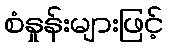
စံနှုန်းများဖြင့်